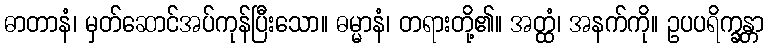
ဓာတာနံ၊ မှတ်ဆောင်အပ်ကုန်ပြီးသော။ ဓမ္မာနံ၊ တရားတို့၏။ အတ္ထံ၊ အနက်ကို။ ဥပပရိက္ခန္တာ